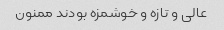
عالی و تازه و خوشمزه بودند ممنون